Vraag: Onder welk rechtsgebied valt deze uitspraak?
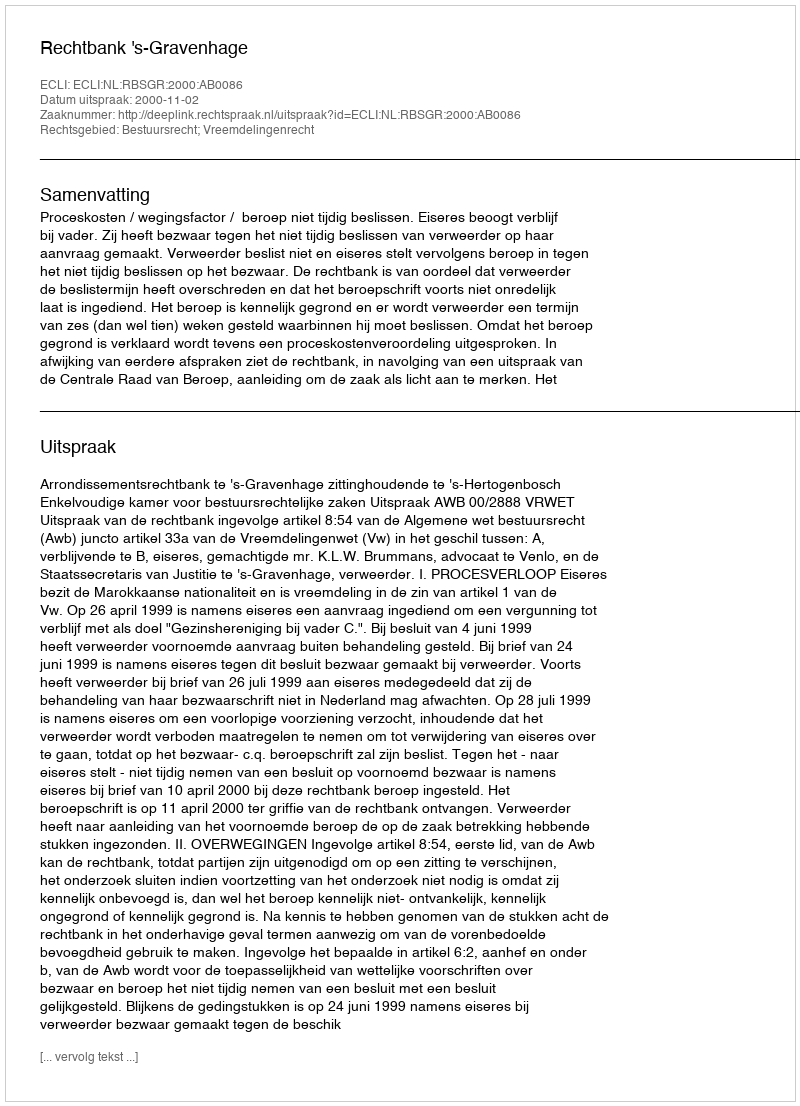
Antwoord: Bestuursrecht; Vreemdelingenrecht